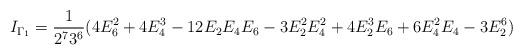
LaTeX: \begin{align*}I_{\Gamma_1} = \frac{1}{2^7 3^6}(4E_6^2 + 4E_4^3 - 12E_2E_4E_6 - 3E_2^2E_4^2 + 4E_2^3E_6 + 6E_4^2E_4 - 3E_2^6)\end{align*}